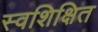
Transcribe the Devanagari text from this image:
स्वशिक्षित